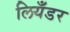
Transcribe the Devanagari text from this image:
लियँडर